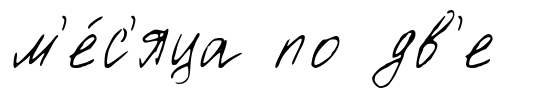
м'е́с'яца по дв'е